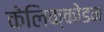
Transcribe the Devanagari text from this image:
केलिक्कोडन